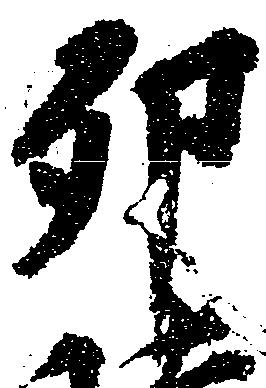
卯